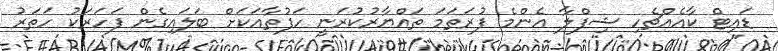
ޑައިޓް ކާއެއްޗެހި ޝިފްލާ އެންމެ ފުރަތަމަ ތައްޔާރުކުރަނީ ހަފުތާއަކަށް ބަލައިގެން ފަހަރަކު ހަތަރު